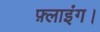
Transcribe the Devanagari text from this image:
फ़्लाइंग।